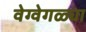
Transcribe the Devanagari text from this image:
वेग्वेगळ्या